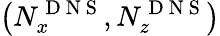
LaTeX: \left(N_{x}^{\mathrm{~D~N~S~}},N_{z}^{\mathrm{~D~N~S~}}\right)